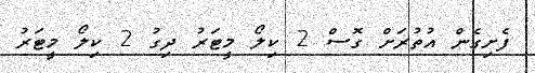
ފެށިގެން އުތުރަށް ގޮސް 2 ކިލޯ މީޓަރު ދިގު 2 ކިލޯ މީޓަރު